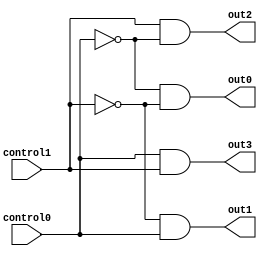
module decoder(control1,control0,out0,out1,out2,out3);

input control0,control1;
output out0,out1,out2,out3;

wire control0not,control1not;

not(control0not,control0);
not(control1not,control1);

and(out0,control0not,control1not);
and(out1,control1not,control0);
and(out2,control1,control0not);
and(out3,control0,control1);


endmodule